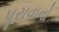
પૂરાવાનો